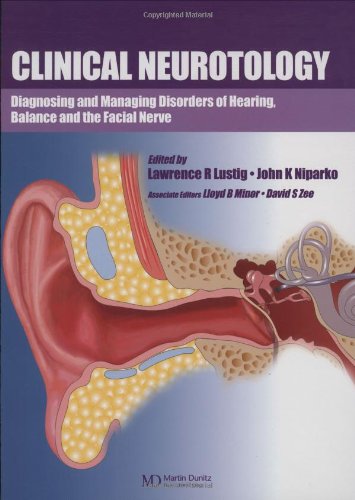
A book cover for Clinical Neurotology: Diagnosing and Managing Disorders of Hearing, Balance and the Facial Nerve; Medical Books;